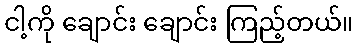
ငါ့ကို ချောင်း ချောင်း ကြည့်တယ်။